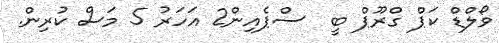
ވޯލްޑް ކަޕް ގްރޫޕް ބީ  ސްޕެއިން2 އަހަރު 5 މަސް ކުރިން.